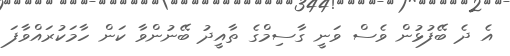
އެ ދެ ބޭފުޅުން ވެސް ވަނީ ގާސިމްގެ ތާއީދު ބޭނުންވާ ކަން ހާމަކުރައްވާފަ